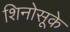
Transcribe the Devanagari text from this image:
शिनोसूके